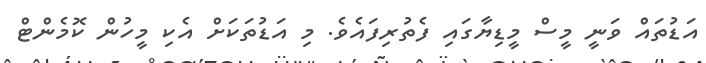
އަޑުތައް ވަނީ މީސް މީޑިޔާގައި ފެތުރިފައެވެ. މި އަޑުތަކަށް އެކި މީހުން ކޮމެންޓް